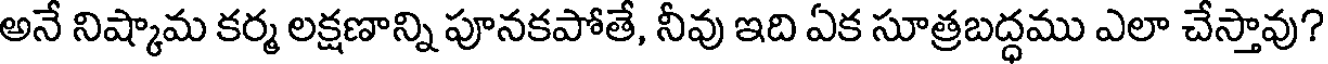
అనే నిష్కామ కర్మ లక్షణాన్ని పూనకపోతే, నీవు ఇది ఏక సూత్రబద్ధము ఎలా చేస్తావు?